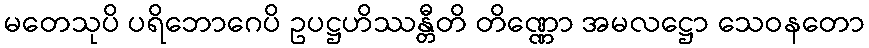
မတေသုပိ ပရိဘောဂေပိ ဥပဋ္ဌဟိဿန္တီတိ တိဏ္ဏော အမလဋ္ဌော သေဝနတော